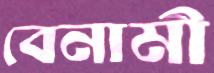
বেনামী